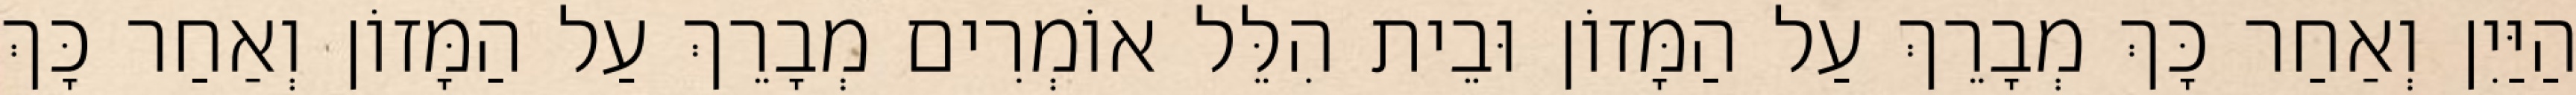
הַיַּיִן וְאַחַר כָּךְ מְבָרֵךְ עַל הַמָּזוֹן וּבֵית הִלֵּל אוֹמְרִים מְבָרֵךְ עַל הַמָּזוֹן וְאַחַר כָּךְ